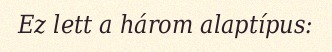
Ez lett a három alaptípus: